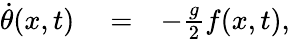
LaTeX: \begin{array}{rlr}{\dot{\theta}(x,t)}&{{}=}&{-\frac{g}{2}f(x,t),}\end{array}